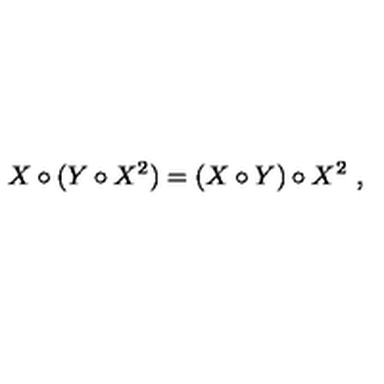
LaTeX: X \circ ( Y \circ X ^ { 2 } ) = ( X \circ Y ) \circ X ^ { 2 } \ ,